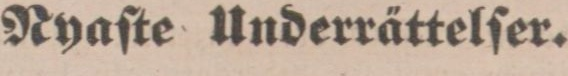
Ryaſte Underrättelſer.